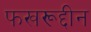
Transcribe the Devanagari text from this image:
फखरूद्दीन